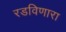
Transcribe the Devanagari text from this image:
रडविणारा